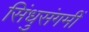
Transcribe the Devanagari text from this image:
सिंधुसंगमीं